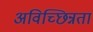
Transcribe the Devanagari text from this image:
अविच्छिन्नता